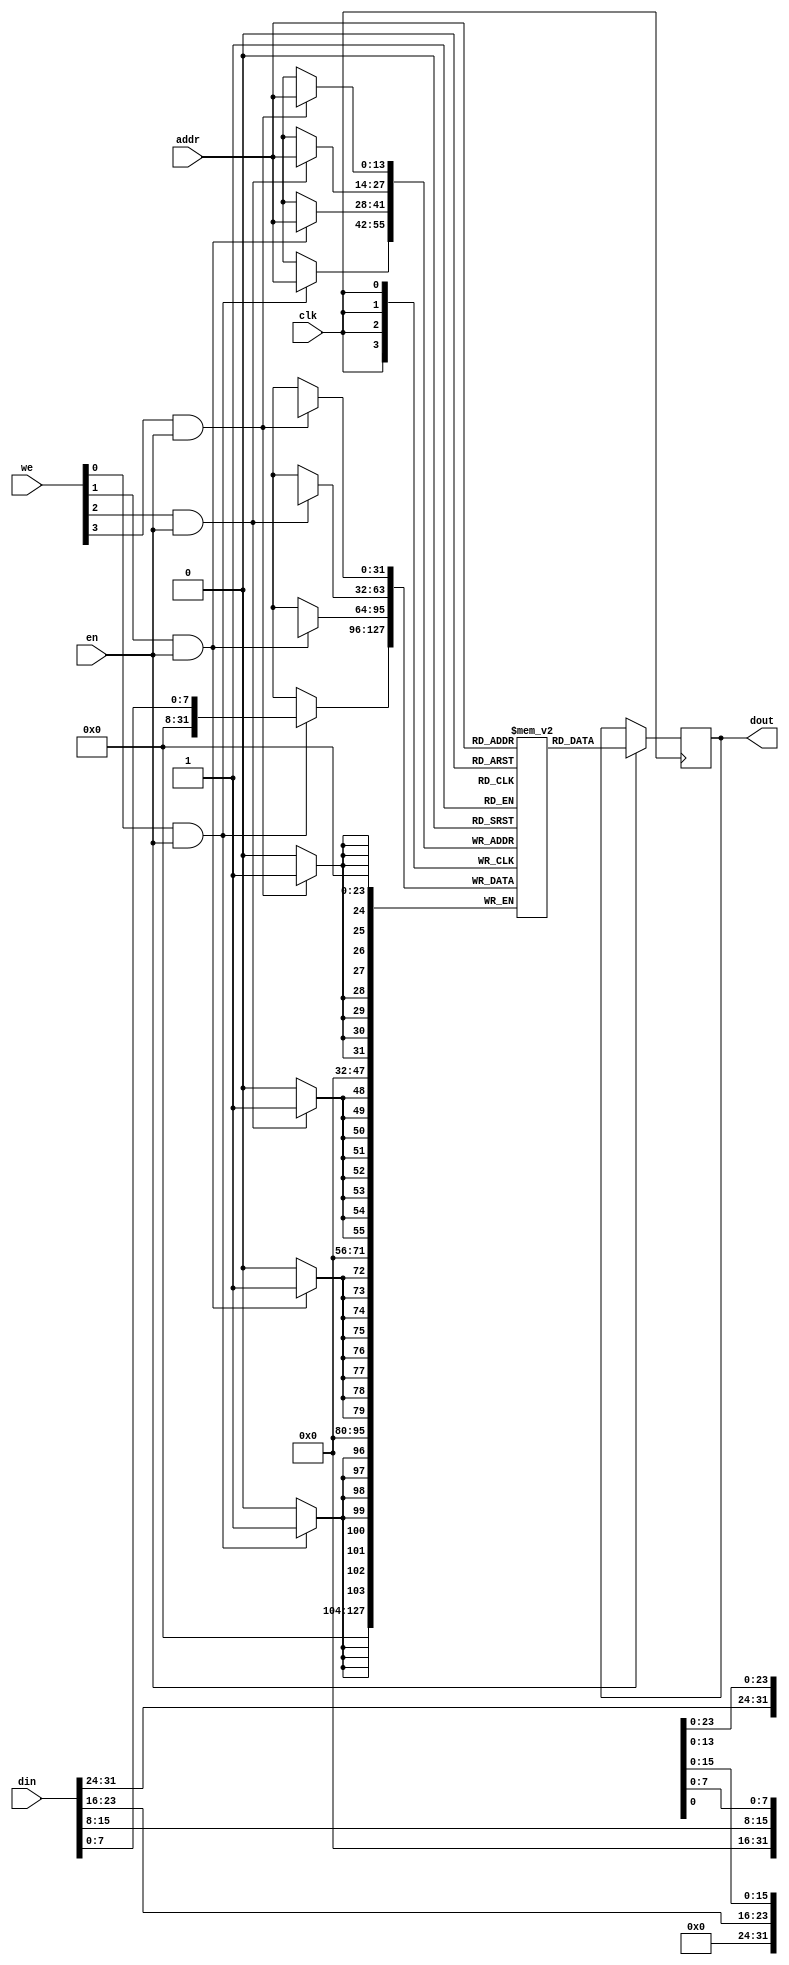
module dmem (
  input clk,
  input en,
  input [3:0] we,
  input [13:0] addr,
  input [31:0] din,
  output reg [31:0] dout
);
  reg [31:0] mem [16384-1:0];

  always @(posedge clk) begin
    if (en)
      dout <= mem[addr];
  end

  genvar i;
  generate for (i = 0; i < 4; i = i+1) begin
    always @(posedge clk) begin
      if (we[i] && en)
          mem[addr][i*8 +: 8] <= din[i*8 +: 8];
    end
  end endgenerate
endmodule